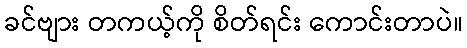
ခင်ဗျား တကယ့်ကို စိတ်ရင်း ကောင်းတာပဲ။